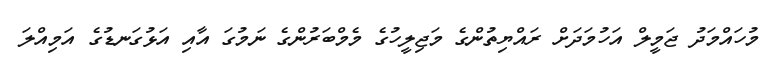
މުހައްމަދު ޖަމީލް އަހުމަދަށް ރައްޔިތުންގެ މަޖިލީހުގެ މެމްބަރުންގެ ނަމުގަ އާއި އަޅުގަނޑުގެ އަމިއްލަ